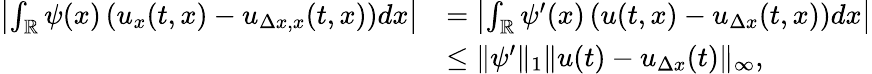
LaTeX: \begin{array}{rl}{\left|\int_{\mathbb{R}}\psi(x)\left(u_{x}(t,x)-u_{\Delta x,x}(t,x)\right)dx\right|}&{=\left|\int_{\mathbb{R}}\psi^{\prime}(x)\left(u(t,x)-u_{\Delta x}(t,x)\right)dx\right|}\\ &{\leq\| \psi^{\prime}\| _{1}\| u(t)-u_{\Delta x}(t)\| _{\infty},}\end{array}